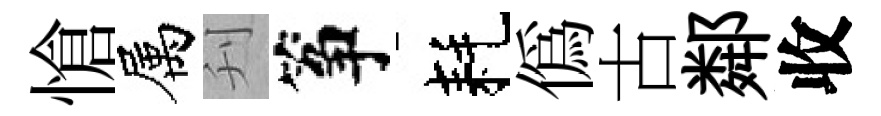
愴属刋筝耗偽古鄰收